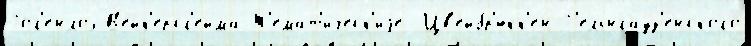
Гог'енлоэ-В'ейк'ерсг'ейма Т'емат'и́ческ'иjе  Цв'ейбр'юкк'ен-Г'ельнгауз'енского